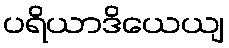
ပရိယာဒိယေယျ